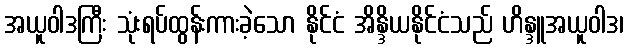
အယူဝါဒကြီး သုံးရပ်ထွန်းကားခဲ့သော နိုင်ငံ အိန္ဒိယနိုင်ငံသည် ဟိန္ဒူအယူဝါဒ၊